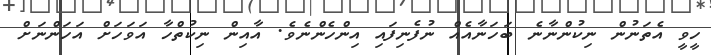
ހީވީ އެތަނުން ނިކުންނާނެ ބަހަނާއެއް ނުފެނިފައި އިންހެންނެވެ. އާއިން ނިކުތްހާ އަވަހަށް އަހަންނަށް